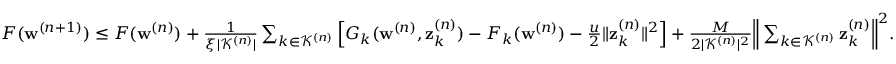
\begin{array} { r } { F ( \mathbf { w } ^ { ( n + 1 ) } ) \leq F ( \mathbf { w } ^ { ( n ) } ) + \frac { 1 } { \xi | \mathcal { K } ^ { ( n ) } | } \sum _ { k \in \mathcal { K } ^ { ( n ) } } \Big [ G _ { k } ( \mathbf { w } ^ { ( n ) } , \mathbf { z } _ { k } ^ { ( n ) } ) - F _ { k } ( \mathbf { w } ^ { ( n ) } ) - \frac { u } { 2 } \| \mathbf { z } _ { k } ^ { ( n ) } \| ^ { 2 } \Big ] + \frac { M } { 2 | \mathcal { K } ^ { ( n ) } | ^ { 2 } } \Big \| \sum _ { k \in \mathcal { K } ^ { ( n ) } } \mathbf { z } _ { k } ^ { ( n ) } \Big \| ^ { 2 } . } \end{array}